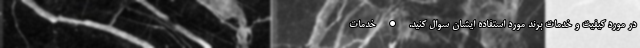
در مورد کیفیت و خدمات برند مورد استفاده ایشان سوال کنید. • خدمات